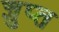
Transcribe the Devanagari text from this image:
ज्ञुप्‍त